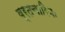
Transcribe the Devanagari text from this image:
व्रतचारिणः